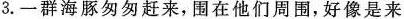
3. 一群海豚匆匆赶来，围在他们周围，好像是来